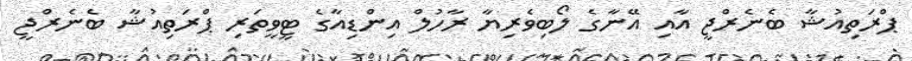
ޕްރަތިއުޝާ ބެނެރްޖީ އާއި އޭނާގެ ލޯބިވެރިޔާ ރާހުލް އިންޑިއާގެ ޓީވީތަރި ޕްރަތިއުޝާ ބެނެރްޖީ